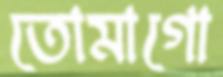
তোমাগো